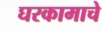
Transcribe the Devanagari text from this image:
घरकामाचे